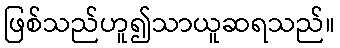
ဖြစ်သည်ဟူ၍သာယူဆရသည်။